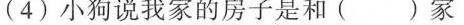
(4)小狗说我家的房子是和( )家